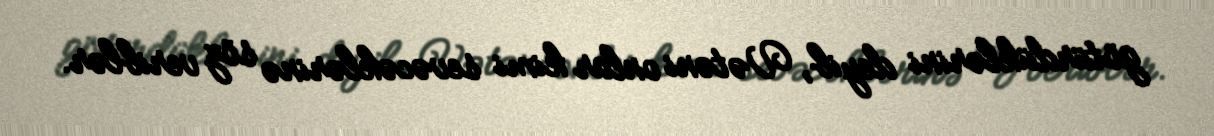
götürdüklərini deyib, Vətəni onlar kimi sevəcəklərinə söz veriblər.